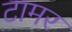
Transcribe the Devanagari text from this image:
टामर